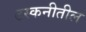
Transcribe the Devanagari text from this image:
टस्कनीतील